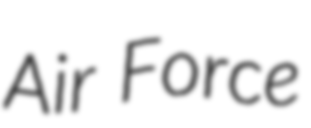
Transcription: Air Force